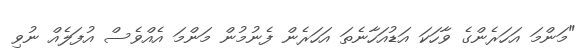
"މަންމަ އަހަރެންގެ ވާހަކަ އަޑުއަހާނެތަ އަހަރެން ފެނުމުން މަންމަ އެއްވެސް އުފަލެއް ނުވި